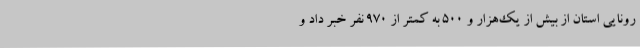
رونایی استان از بیش از یک‌هزار و 500 به کمتر از 970 نفر خبر داد و